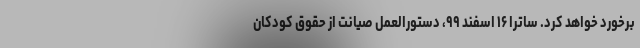
برخورد خواهد کرد. ساترا ۱۶ اسفند ۹۹، دستورالعمل صیانت از حقوق کودکان